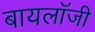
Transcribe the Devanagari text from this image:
बायलॉजी